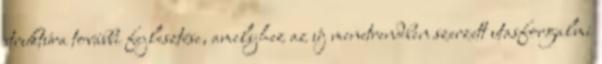
struktúra további fejlesztése, amelyhez az új menetrendben szerzett utasforgalmi